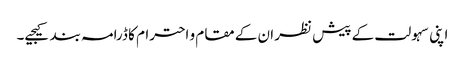
اپنی سہولت کے پیش نظر ان کے مقام و احترام کا ڈرامہ بند کیجیے۔